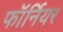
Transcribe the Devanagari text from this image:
फॉर्नियर